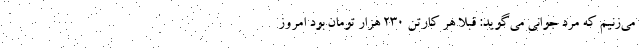
می‌زنیم که مرد جوانی می‌گوید: قبلاً هر کارتن ۲۳۰ هزار تومان بود امروز